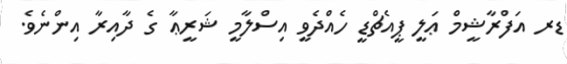
ޑރ އަފްރާޝީމް ޢަލީ ޕީއެޗްޑީ ހެއްދެވީ އިސްލާމީ ޝަރީޢާ ގެ ދާއިރާ އިންނެވެ.